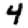
Digit: 4